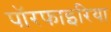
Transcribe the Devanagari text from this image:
पॉरफाइरिया